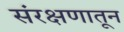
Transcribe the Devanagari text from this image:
संरक्षणातून